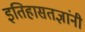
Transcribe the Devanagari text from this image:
इतिहासतज्ञांनी